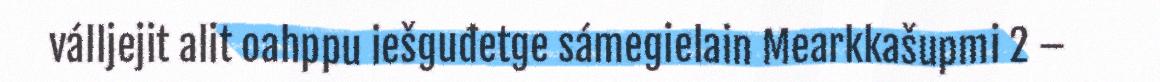
válljejit alit oahppu iešguđetge sámegielain Mearkkašupmi 2 –